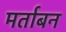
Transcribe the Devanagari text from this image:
मर्ताबन